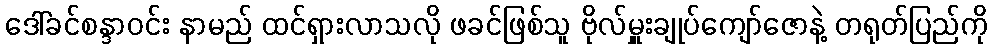
ဒေါ်ခင်စန္ဒာဝင်း နာမည် ထင်ရှားလာသလို ဖခင်ဖြစ်သူ ဗိုလ်မှူးချုပ်ကျော်ဇောနဲ့ တရုတ်ပြည်ကို